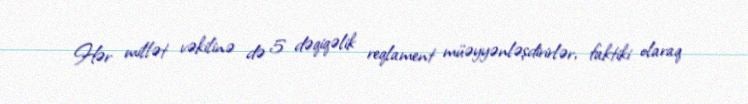
Hər millət vəkilinə də 5 dəqiqəlik reqlament müəyyənləşdirirlər, faktiki olaraq